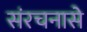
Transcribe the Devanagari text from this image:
संरचनासे